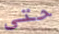
حتى